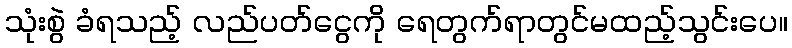
သုံးစွဲ ခံရသည့် လည်ပတ်ငွေကို ရေတွက်ရာတွင်မထည့်သွင်းပေ။